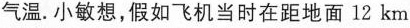
气温.小敏想，假如飞机当时在距地面 12 km